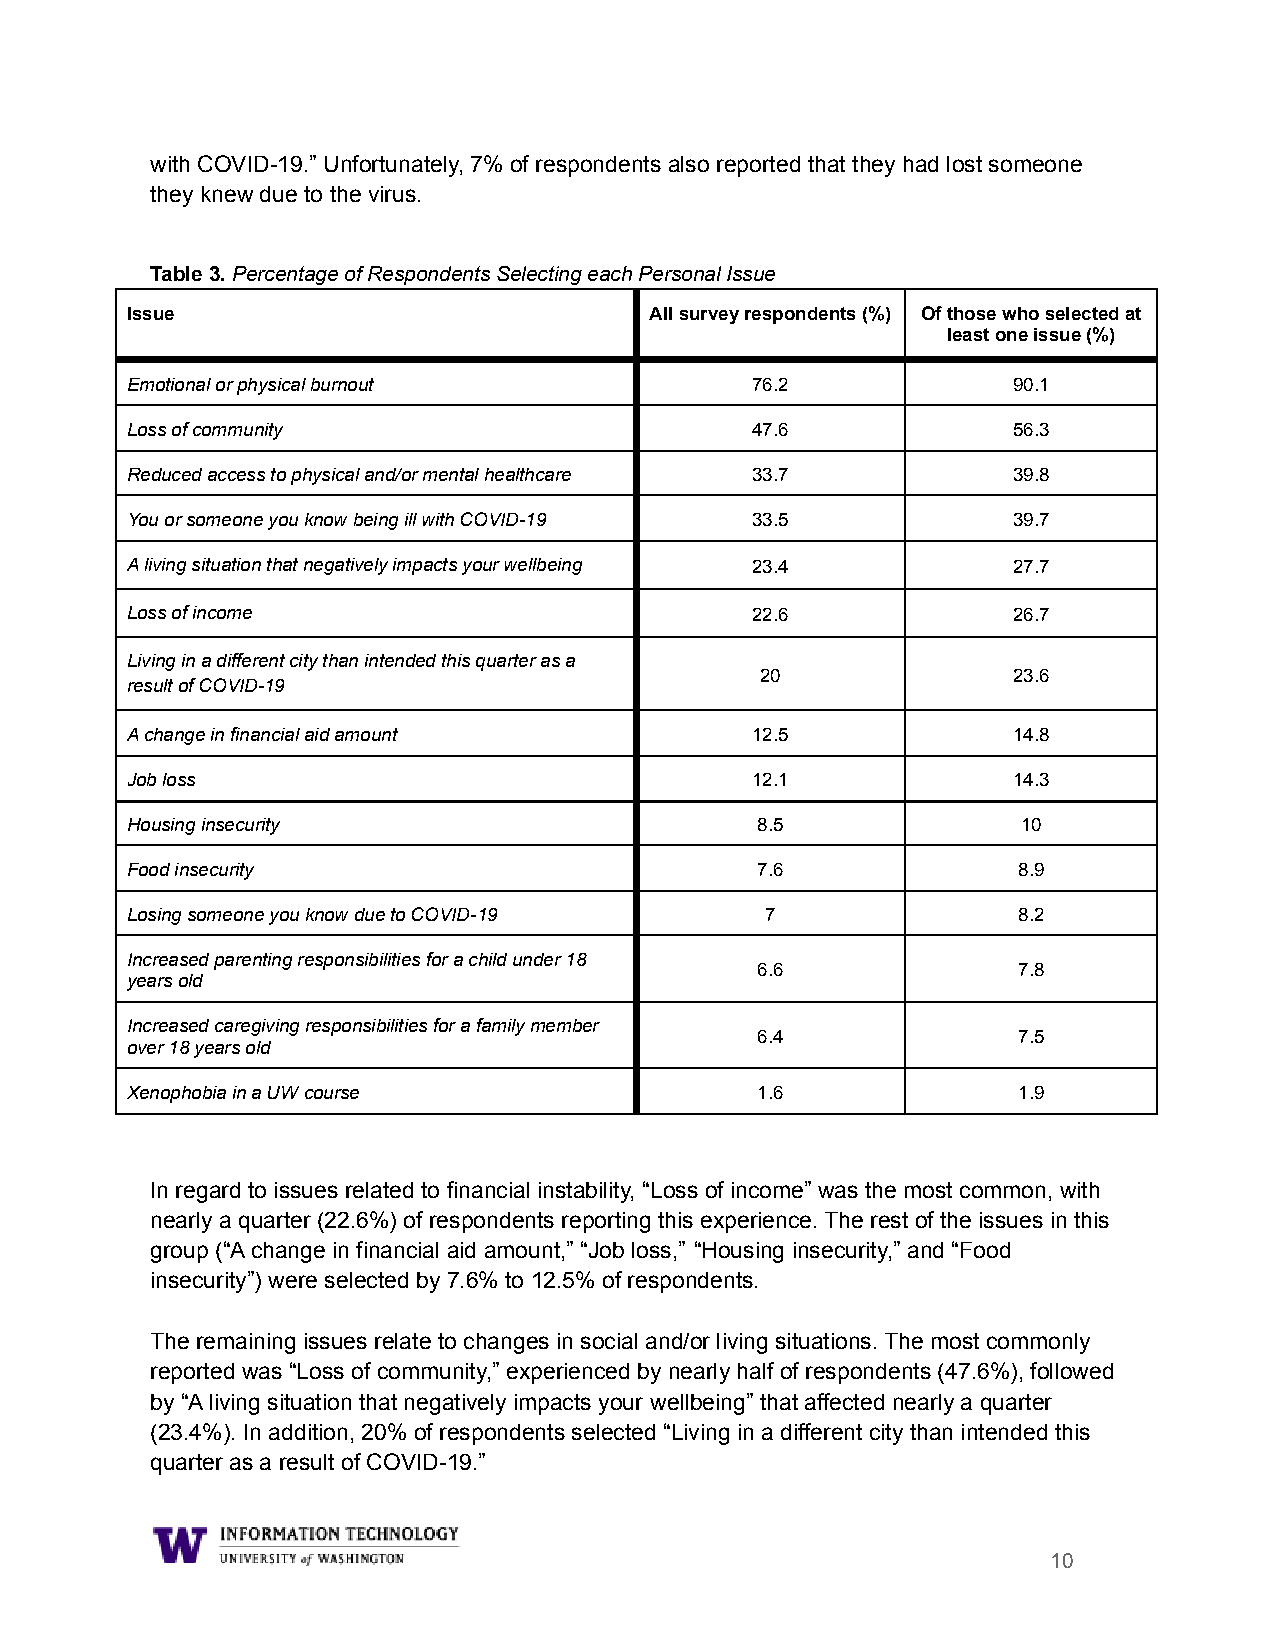
with COVID-19.” Unfortunately, 7% of respondents also reported that they had lost someone
 they knew due to the virus.
 Table 3.Percentage of Respondents Selecting eachPersonal Issue
 Issue                              All survey respondents (%) Of those who selected at
 least one issue (%)
 Emotional or physical burnout             76.2             90.1
 Loss of community                         47.6             56.3
 Reduced access to physical and/or mental healthcare 33.7   39.8
 You or someone you know being ill with COVID-19 33.5       39.7
 A living situation that negatively impacts your wellbeing 23.4 27.7
 Loss of income                            22.6             26.7
 Living in a different city than intended this quarteras a
 20               23.6
 result of COVID-19
 A change in financial aid amount          12.5             14.8
 Job loss                                  12.1             14.3
 Housing insecurity                        8.5               10
 Food insecurity                           7.6              8.9
 Losing someone you know due to COVID-19    7               8.2
 Increased parenting responsibilities for a child under18
 6.6              7.8
 years old
 Increased caregiving responsibilities for a familymember
 6.4              7.5
 over 18 years old
 Xenophobia in a UW course                 1.6              1.9
 In regard to issues related to financial instability, “Loss of income” was the most common, with
 nearly a quarter (22.6%) of respondents reporting this experience. The rest of the issues in this
 group (“A change in financial aid amount,” “Job loss,” “Housing insecurity,” and “Food
 insecurity”) were selected by 7.6% to 12.5% of respondents.
 The remaining issues relate to changes in social and/or living situations. The most commonly
 reported was “Loss of community,” experienced by nearly half of respondents (47.6%), followed
 by “A living situation that negatively impacts your wellbeing” that affected nearly a quarter
 (23.4%). In addition, 20% of respondents selected “Living in a different city than intended this
 quarter as a result of COVID-19.”
 10